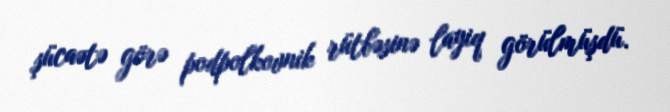
şücaətə görə podpolkovnik rütbəsinə layiq görülmüşdü.